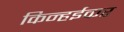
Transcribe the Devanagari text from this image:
किन्हईकर